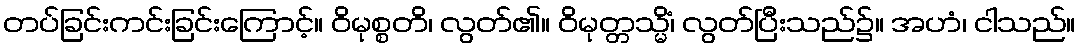
တပ်ခြင်းကင်းခြင်းကြောင့်။ ဝိမုစ္စတိ၊ လွတ်၏။ ဝိမုတ္တသ္မိံ၊ လွတ်ပြီးသည်၌။ အဟံ၊ ငါသည်။